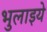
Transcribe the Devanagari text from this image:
भुलाइये